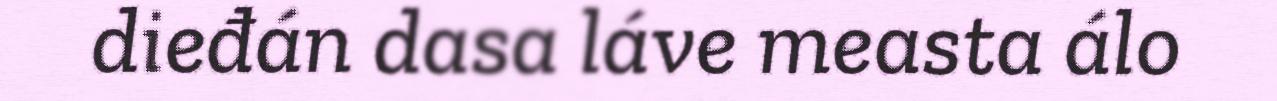
dieđán dasa láve measta álo